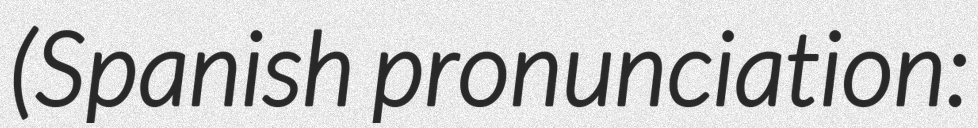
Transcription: (Spanish pronunciation: